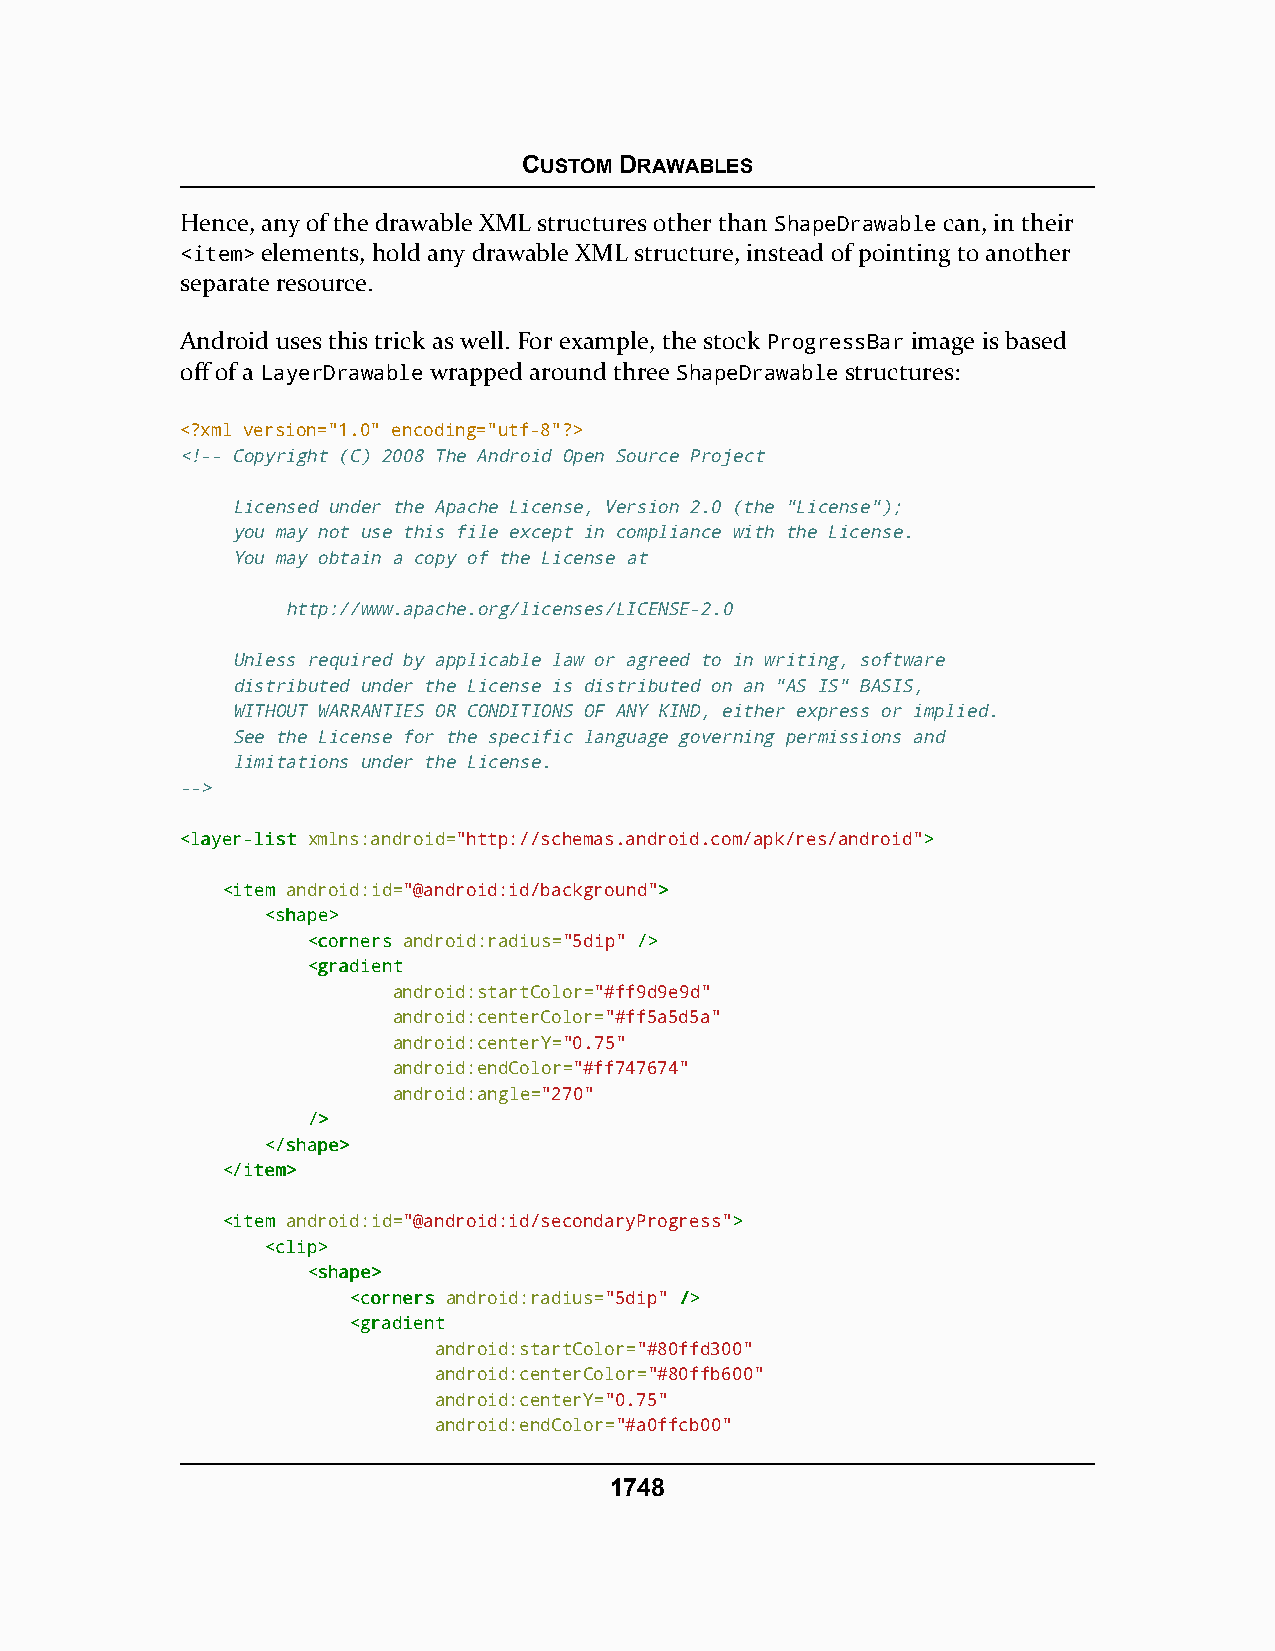
CUSTOM DRAWABLES
 Hence, any of the drawable XML structures other than ShapeDrawable can, in their
 <item> elements, hold any drawable XML structure, instead of pointing to another
 separate resource.
 Android uses this trick as well. For example, the stock ProgressBar image is based
 off of a LayerDrawable wrapped around three ShapeDrawable structures:
 <?xml version="1.0" encoding="utf-8"?>
 <!-- Copyright (C) 2008 The Android Open Source Project
 Licensed under the Apache License, Version 2.0 (the "License");
 you may not use this file except in compliance with the License.
 You may obtain a copy of the License at
 http://www.apache.org/licenses/LICENSE-2.0
 Unless required by applicable law or agreed to in writing, software
 distributed under the License is distributed on an "AS IS" BASIS,
 WITHOUT WARRANTIES OR CONDITIONS OF ANY KIND, either express or implied.
 See the License for the specific language governing permissions and
 limitations under the License.
 -->
 <<llaayyeerr--lliisstt xmlns:android="http://schemas.android.com/apk/res/android">>
 <<iitteemm android:id="@android:id/background">>
 <<sshhaappee>>
 <<ccoorrnneerrss android:radius="5dip" //>>
 <<ggrraaddiieenntt
 android:startColor="#ff9d9e9d"
 android:centerColor="#ff5a5d5a"
 android:centerY="0.75"
 android:endColor="#ff747674"
 android:angle="270"
 //>>
 <<//sshhaappee>>
 <<//iitteemm>>
 <<iitteemm android:id="@android:id/secondaryProgress">>
 <<cclliipp>>
 <<sshhaappee>>
 <<ccoorrnneerrss android:radius="5dip" //>>
 <<ggrraaddiieenntt
 android:startColor="#80ffd300"
 android:centerColor="#80ffb600"
 android:centerY="0.75"
 android:endColor="#a0ffcb00"
 1748